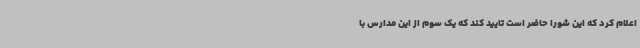
اعلام کرد که این شورا حاضر است تایید کند که یک سوم از این مدارس با